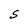
Character: S